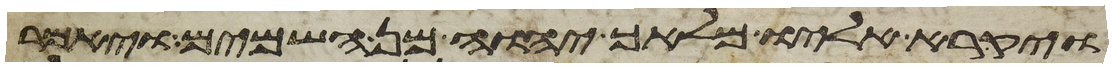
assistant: ויקרא אליו מלאך יהוה מן השמים ויאמר